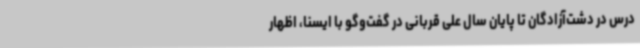
درس در دشت‌آزادگان تا پایان سال علی قربانی در گفت‌وگو با ایسنا، اظهار